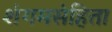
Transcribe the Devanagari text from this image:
शंगमसंहिता